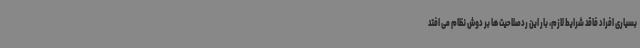
بسیاری افراد فاقد شرایط لازم، بار این ردصلاحیت ها بر دوش نظام می افتد